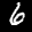
Label: 6